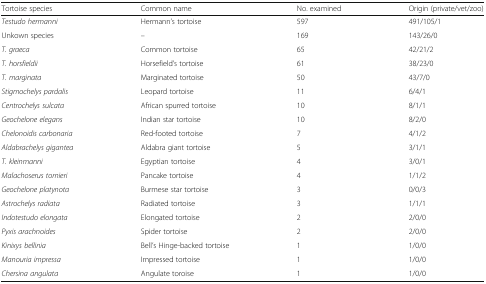
| Tortoise species | Common name | No. examined | Origin (private/vet/zoo) |
 | --- | --- | --- | --- |
 | Testudo hermanni | Hermann’s tortoise | 597 | 491/105/1 |
 | Unkown species | – | 169 | 143/26/0 |
 | T. graeca | Common tortoise | 65 | 42/21/2 |
 | T. horsfieldii | Horsefield’s tortoise | 61 | 38/23/0 |
 | T. marginata | Marginated tortoise | 50 | 43/7/0 |
 | Stigmochelys pardalis | Leopard tortoise | 11 | 6/4/1 |
 | Centrochelys sulcata | African spurred tortoise | 10 | 8/1/1 |
 | Geochelone elegans | Indian star tortoise | 10 | 8/2/0 |
 | Chelonoidis carbonaria | Red-footed tortoise | 7 | 4/1/2 |
 | Aldabrachelys gigantea | Aldabra giant tortoise | 5 | 3/1/1 |
 | T. kleinmanni | Egyptian tortoise | 4 | 3/0/1 |
 | Malachoserus tornieri | Pancake tortoise | 4 | 1/1/2 |
 | Geochelone platynota | Burmese star tortoise | 3 | 0/0/3 |
 | Astrochelys radiata | Radiated tortoise | 3 | 1/1/1 |
 | Indotestudo elongata | Elongated tortoise | 2 | 2/0/0 |
 | Pyxis arachnoides | Spider tortoise | 2 | 2/0/0 |
 | Kinixys bellinia | Bell’s Hinge-backed tortoise | 1 | 1/0/0 |
 | Manouria impressa | Impressed tortoise | 1 | 1/0/0 |
 | Chersina angulata | Angulate toroise | 1 | 1/0/0 |